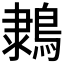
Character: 𪂩